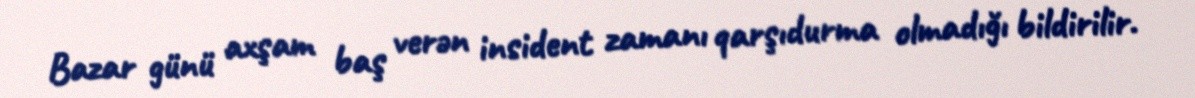
Bazar günü axşam baş verən insident zamanı qarşıdurma olmadığı bildirilir.